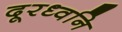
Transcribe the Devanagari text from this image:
दूरध्वनि